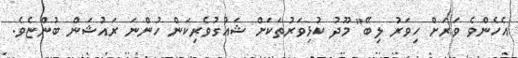
އެހެންވެ ވަރަށް ހިވަރު ލިބޭ" މޫދު ކުޅިވަރުތަކަށް ޝައުގުވެރިކަން ހުންނަ ރައުޝަން ބުންޏެވެ.